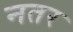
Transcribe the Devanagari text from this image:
नतर